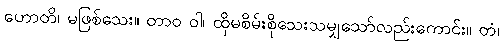
ဟောတိ၊ မဖြစ်သေး။ တာဝ ဝါ၊ ထိုမစိမ်းစိုသေးသမျှသော်လည်းကောင်း။ တံ၊